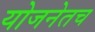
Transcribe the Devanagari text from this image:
योजनेतच